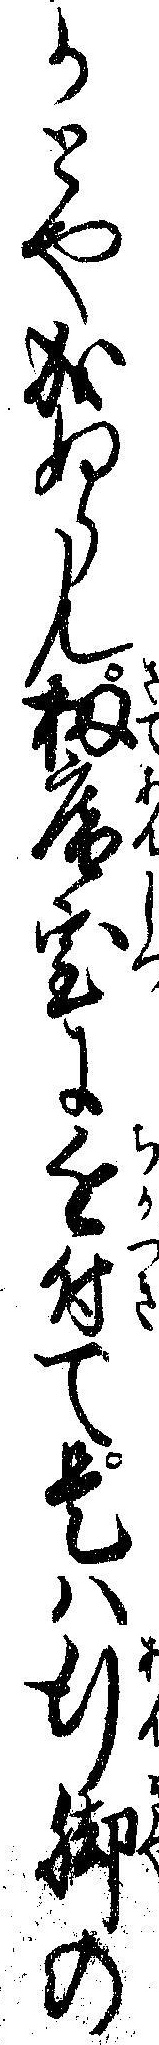
かとや成ぬらん扨庵室に近付て是ハ行脚の